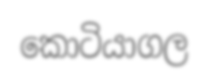
කොටියාගල